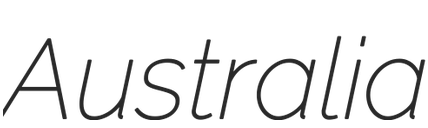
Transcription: Australia